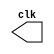
//********************************************************************
//
//  clock_gen.v
//
//  This file is part of the DLX3 project
//  http://
//
//  Description     :  A simple clock generator for DLX3 testbench
//
//
//
//********************************************************************
//
// Copyright (C) 2010 Ronan Barzic
//
//    This program is free software: you can redistribute it and/or modify
//    it under the terms of the GNU General Public License as published by
//    the Free Software Foundation, either version 3 of the License, or
//    (at your option) any later version.
//
//    This program is distributed in the hope that it will be useful,
//    but WITHOUT ANY WARRANTY; without even the implied warranty of
//    MERCHANTABILITY or FITNESS FOR A PARTICULAR PURPOSE.  See the
//    GNU General Public License for more details.
//
//    You should have received a copy of the GNU General Public License
//    along with this program.  If not, see <http://www.gnu.org/licenses/>.
//
//********************************************************************

module clock_gen (/*AUTOARG*/
  // Outputs
  clk
  );
  parameter period = 20;

  output clk;


  reg    clk;
  always #(period/2) clk = !clk;

  initial begin
    clk = 1'b0;
  end


endmodule // clock_gen
/*
 Local Variables:
 verilog-library-directories:(
 "."
 )
 End:
 */